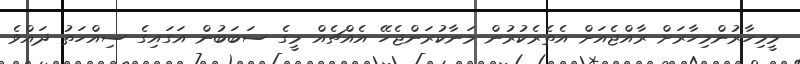
މީމިހާރުންމިހާރަށް ރާއްޖެއަށް އެތެރެކުރުން މަނާކުރަންޖެހޭ އެއްޗެއް މީގެ ސަބަބުން އަގައިގެ ސިއްހަތު ދައްވެ